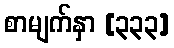
စာမျက်နှာ [၃၃၃]